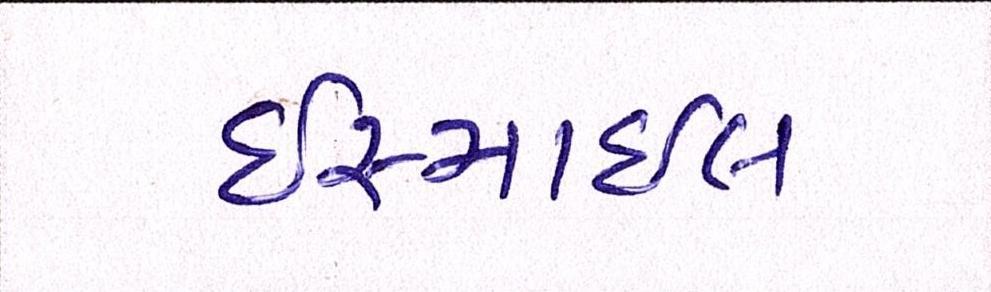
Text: ઈસ્માઈલ